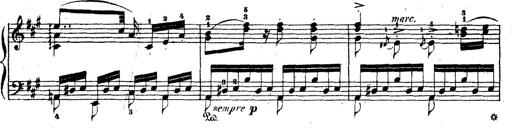
Title: Wagner-Liszt Album
Composer: Franz Liszt